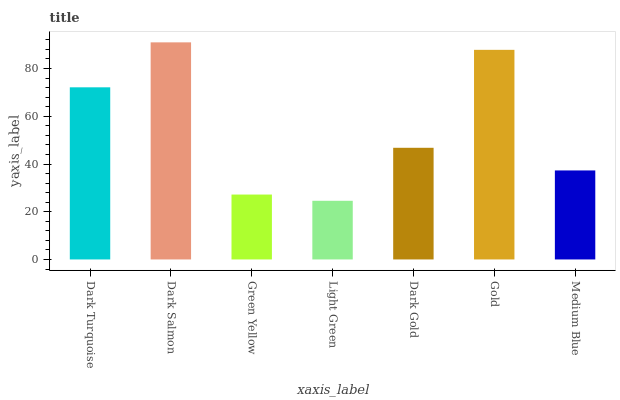
| xaxis_label | bars |
 | --- | --- |
 | Dark Turquoise | 72.1 |
 | Dark Salmon | 91 |
 | Green Yellow | 27.2 |
 | Light Green | 24.6 |
 | Dark Gold | 46.8 |
 | Gold | 87.8 |
 | Medium Blue | 37.3 |